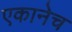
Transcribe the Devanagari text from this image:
एकानेच